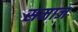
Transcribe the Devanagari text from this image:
समाज